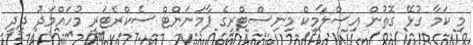
މި ކަމާ ގުޅޭ ގޮތުން އިސްލާމިކް މިނިސްޓްރީގެ ޕާމަނަންޓް ސެކްރެޓަރީ މުހައްމަދު ދީދީ